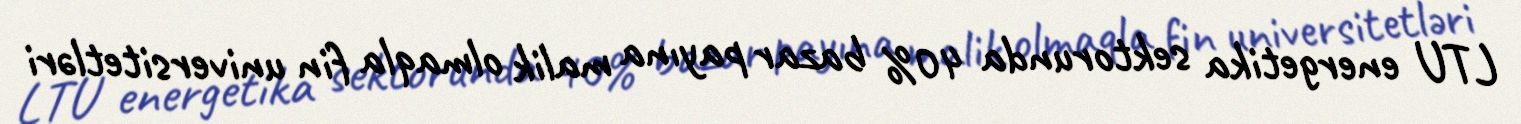
LTU energetika sektorunda 40% bazar payına malik olmaqla fin universitetləri